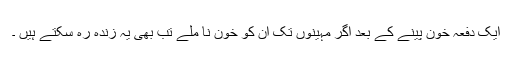
ایک دفعہ خون پینے کے بعد اگر مہینوں تک ان کو خون نا ملے تب بھی یہ زندہ رہ سکتے ہیں ۔